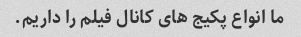
ما انواع پکیج های کانال فیلم را داریم.